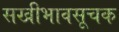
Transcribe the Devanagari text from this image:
सखीभावसूचक